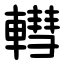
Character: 轊